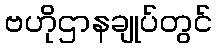
ဗဟိုဌာနချုပ်တွင်